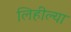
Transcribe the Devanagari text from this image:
लिहील्या